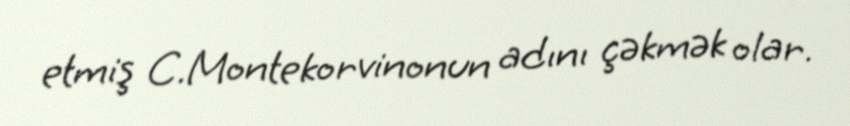
etmiş C.Montekorvinonun adını çəkmək olar.